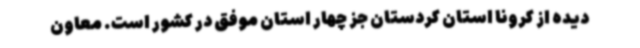
دیده از کرونا استان کردستان جز چهار استان موفق در کشور است. معاون